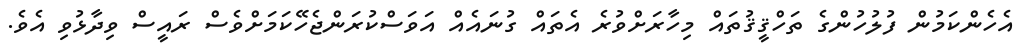
އެހެންކަމުން ފުލުހުންގެ ތަހްޤީޤުތައް މިހާރަށްވުރެ އެތައް ގުނައެއް އަވަސްކުރަންޖެހޭކަމަށްވެސް ރައީސް ވިދާޅުވި އެވެ.